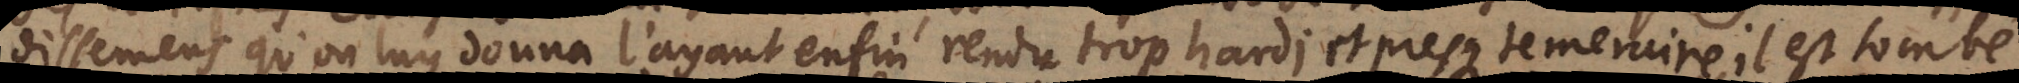
dissemens qu’on luy donna l’ayant enfin rendu trop hardi et presque temeraire, il est tombé